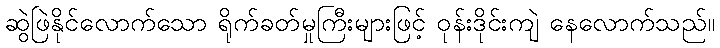
ဆွဲဖြဲနိုင်လောက်သော ရိုက်ခတ်မှုကြီးများဖြင့် ဝုန်းဒိုင်းကျဲ နေလောက်သည်။